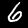
Digit: 6